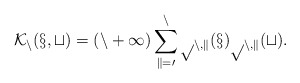
\begin{align*}\cal K_n(x,t) = (n+1) \sum_{k=0}^n p_{n,k}(x) p_{n,k}(t).\end{align*}